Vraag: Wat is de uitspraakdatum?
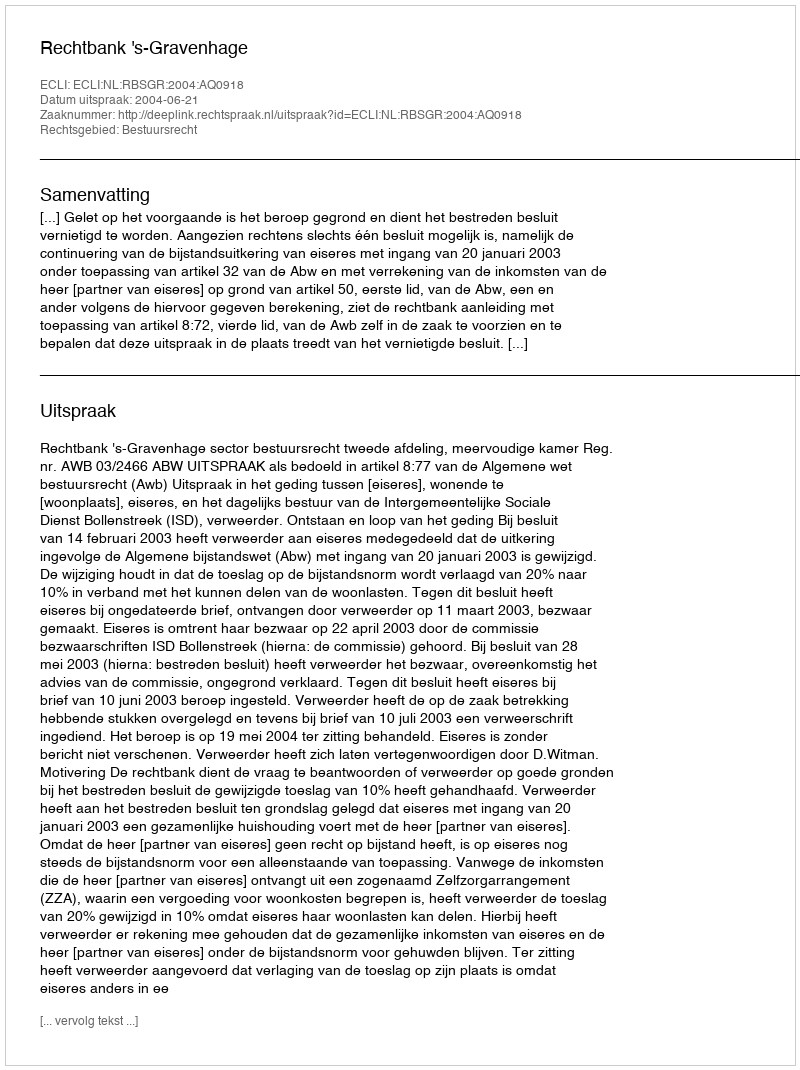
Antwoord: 2004-06-21